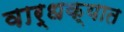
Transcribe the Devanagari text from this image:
वार्धक्यात